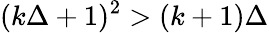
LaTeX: (k\Delta+1)^{2}>(k+1)\Delta